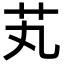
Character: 芄